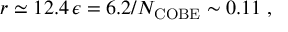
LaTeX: r \simeq 1 2 . 4 \, \epsilon = 6 . 2 / N _ { \mathrm { C O B E } } \sim 0 . 1 1 \; ,